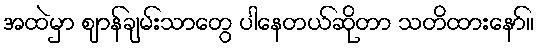
အထဲမှာ ဈာန်ချမ်းသာတွေ ပါနေတယ်ဆိုတာ သတိထားနော်။